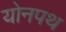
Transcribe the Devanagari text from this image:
योनपथ